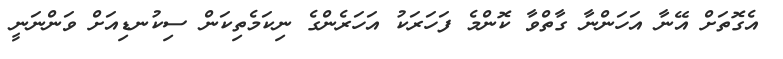
އެގޮތަށް އޭނާ އަހަންނާ ގާތްވާ ކޮންމެ ފަހަރަކު އަހަރެންގެ ނިކަމެތިކަން ސިކުނޑިއަށް ވަންނަނީ